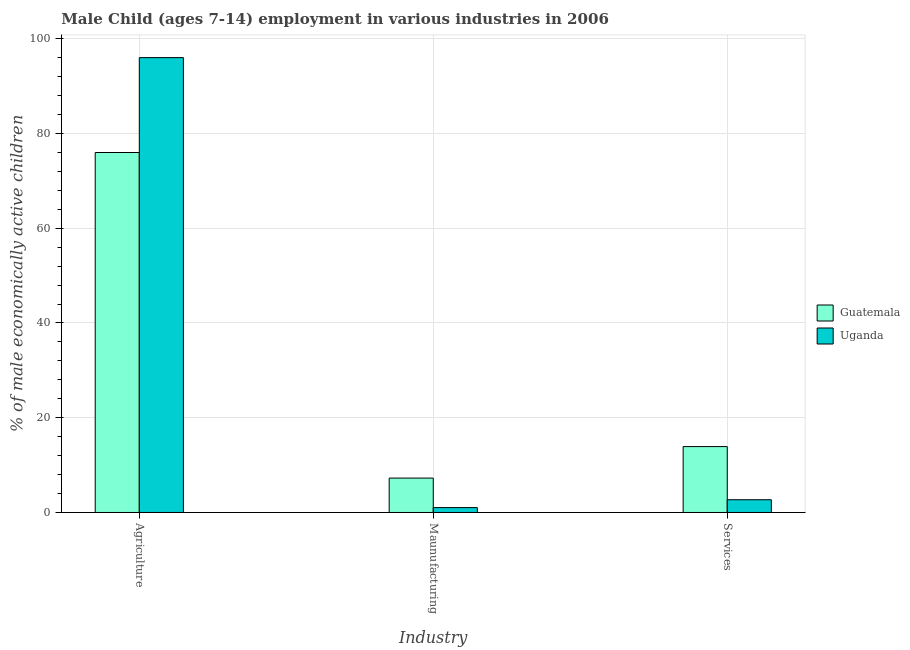
| Industry | Guatemala | Uganda |
 | --- | --- | --- |
 | Agriculture | 76 | 96 |
 | Maunufacturing | 7.26 | 1.03 |
 | Services | 13.9 | 2.69 |